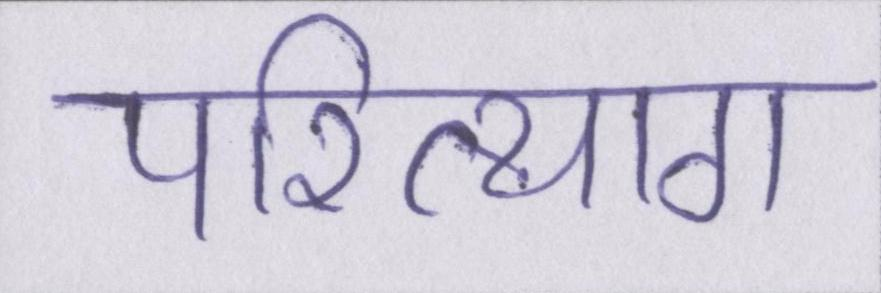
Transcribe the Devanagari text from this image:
परित्याग